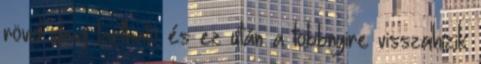
rövid ideig tartható és ez után a többnyire visszahízik